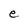
Character: e